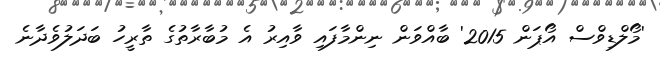
'މޯލްޑިވްްސް އޯޕަން 2015' ބާއްވަން ނިންމާފައި ވާއިރު އެ މުބާރާތުގެ ތާރީހު ބަދަލުވެދާނެ